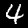
Digit: 4